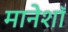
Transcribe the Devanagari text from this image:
मानेशॉ